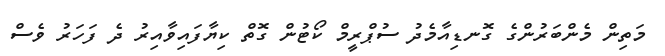
މަތިން މެންބަރުންގެ ގޮނޑިއާމެދު ސުޕްރީމް ކޯޓުން ގޮތް ކިޔާފައިވާއިރު ދެ ފަހަރު ވެސް